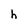
Character: h